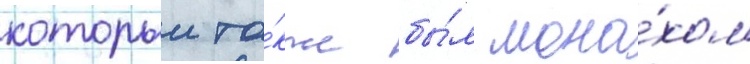
которыи та́кже бы́л мона́хом